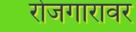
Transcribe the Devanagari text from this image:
रोजगारावर